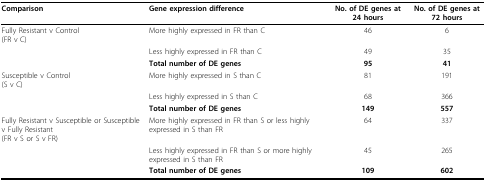
<table><thead><tr><td><b>Comparison</b></td><td><b>Gene expression difference</b></td><td><b>No. of DE genes at 24 hours</b></td><td><b>No. of DE genes at 72 hours</b></td></tr></thead><tbody><tr><td>Fully Resistant v Control(FR v C)</td><td>More highly expressed in FR than C</td><td>46</td><td>6</td></tr><tr><td></td><td>Less highly expressed in FR than C</td><td>49</td><td>35</td></tr><tr><td></td><td><b>Total number of DE genes</b></td><td><b>95</b></td><td><b>41</b></td></tr><tr><td>Susceptible v Control(S v C)</td><td>More highly expressed in S than C</td><td>81</td><td>191</td></tr><tr><td></td><td>Less highly expressed in S than C</td><td>68</td><td>366</td></tr><tr><td></td><td><b>Total number of DE genes</b></td><td><b>149</b></td><td><b>557</b></td></tr><tr><td>Fully Resistant v Susceptible or Susceptible v Fully Resistant(FR v S or S v FR)</td><td>More highly expressed in FR than S or less highly expressed in S than FR</td><td>64</td><td>337</td></tr><tr><td></td><td>Less highly expressed in FR than S or more highly expressed in S than FR</td><td>45</td><td>265</td></tr><tr><td></td><td><b>Total number of DE genes</b></td><td><b>109</b></td><td><b>602</b></td></tr></tbody></table>